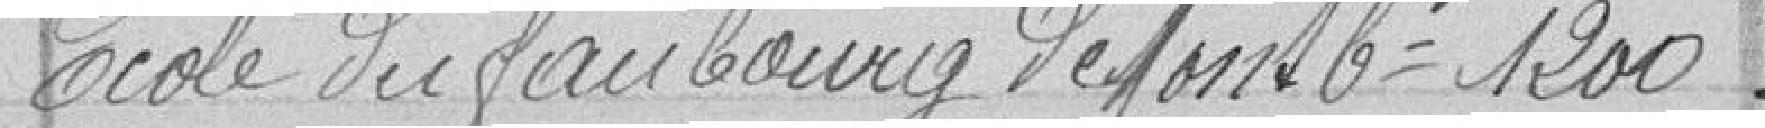
Ecole du faubourg de Montbéliard 1200